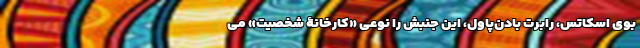
بوی اسکاتس، رابرت بادن‌پاول، این جنبش را نوعی «کارخانۀ شخصیت» می‌